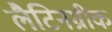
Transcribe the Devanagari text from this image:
लैटिनग्रीक